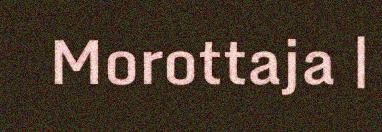
Morottaja |